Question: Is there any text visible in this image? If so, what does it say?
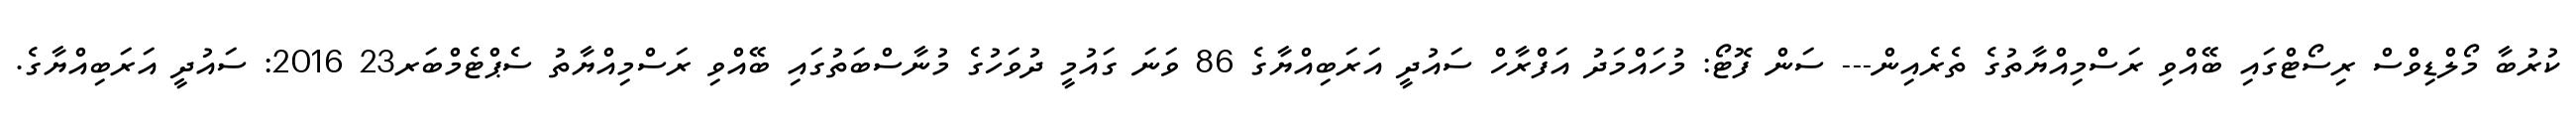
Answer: ކުރުބާ މޯލްޑިވްސް ރިސޯޓްގައި ބޭއްވި ރަސްމިއްޔާތުގެ ތެރެއިން--- ސަން ފޮޓޯ: މުހައްމަދު އަފްރާހް ސައުދީ އަރަބިއްޔާގެ 86 ވަނަ ގައުމީ ދުވަހުގެ މުނާސްބަތުގައި ބޭއްވި ރަސްމިއްޔާތު ސެޕްޓެމްބަރ23 2016: ސައުދީ އަރަބިއްޔާގެ.